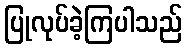
ပြုလုပ်ခဲ့ကြပါသည်